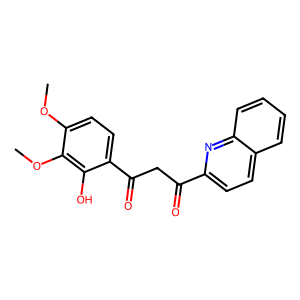
SMILES: COc1ccc(C(=O)CC(=O)c2ccc3ccccc3n2)c(O)c1OC
Inhibits HIV replication: No